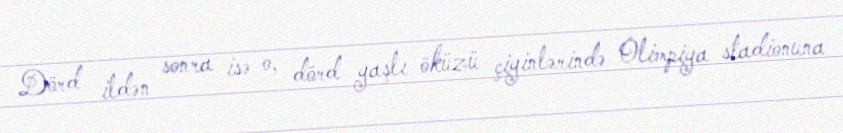
Dörd ildən sonra isə o, dörd yaşlı öküzü çiyinlərində Olimpiya stadionuna